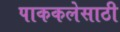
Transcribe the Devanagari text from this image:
पाककलेसाठी